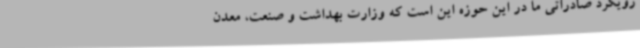
رویکرد صادراتی ما در این حوزه این است که وزارت بهداشت و صنعت، معدن